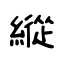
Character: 縱